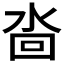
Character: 𱦋